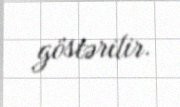
göstərilir.